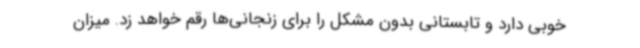
خوبی دارد و تابستانی بدون مشکل را برای زنجانی‌ها رقم خواهد زد. میزان